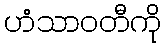
ဟံသာဝတီကို